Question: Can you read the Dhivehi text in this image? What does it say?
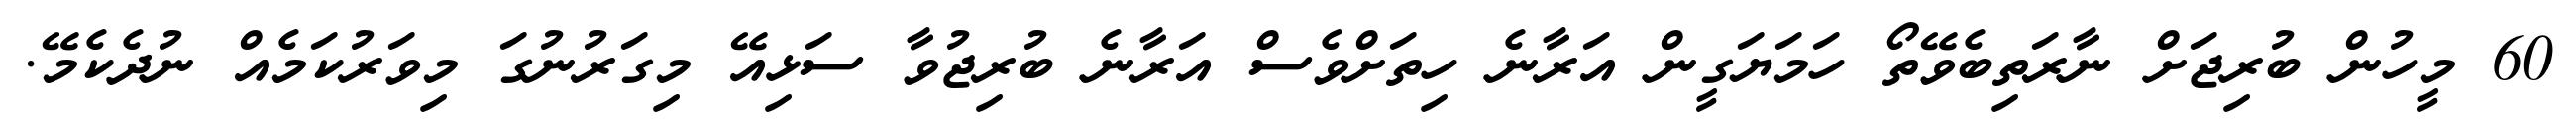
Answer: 60 މީހުން ބުރިޖަށް ނާރަތިބެވޭތޯ ހަމަޔަގީން އަރާނެ ހިތަށްވެސް އަރާނެ ބުރިޖުވާ ސަޅިއޭ މިގަރުނުގަ މިވަރުކަމެއް ނުދެކެމޭ.